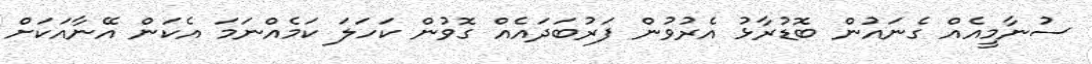
ސުނާމީއެއް ގެނައުން ބޮޑުރާޅު އެރުވުން ފަރުބަދައެއް ގޮވުން ކަހަލަ ކަމެއްނަމަ އެކަން އޭނާއަކަށް